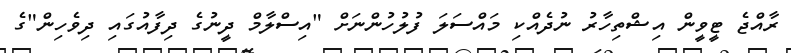
ރާއްޖެ ޓީވީން އިޝްތިހާރު ނުދެއްކި މައްސަލަ ފުލުހުންނަށް "އިސްލާމް ދީނުގެ ދިފާއުގައި ދިވެހިން"ގެ